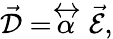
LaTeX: \vec{\mathcal{D}}=\stackrel{\leftrightarrow}{\alpha}\vec{\mathcal{E}},